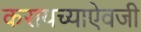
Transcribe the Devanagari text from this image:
करायच्याऐवजी